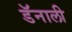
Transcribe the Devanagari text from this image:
डॅनाली